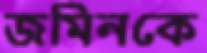
জমিনকে